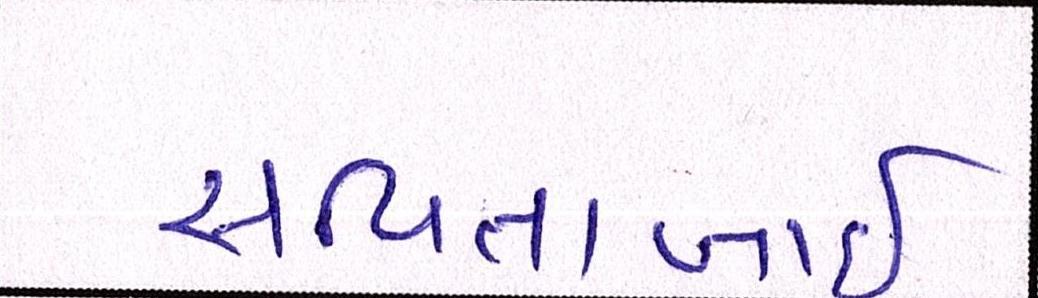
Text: સવિતાબાઇ